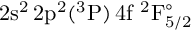
\mathrm { 2 s ^ { 2 } \, 2 p ^ { 2 } ( ^ { 3 } P ) \, 4 f ~ ^ { 2 } F _ { 5 / 2 } ^ { \circ } }